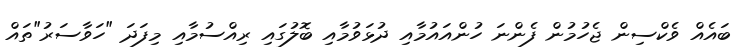
ބައެއް ވެކްސިން ޖެހުމުން ފެންނަ ހުންއައުމާއި ދުޅަވުމާއި ބޮލުގައި ރިއްސުމާއި މިފަދަ "ހަވާސަރު"ތައް